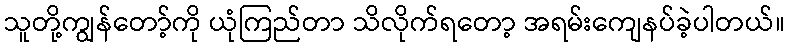
သူတို့ကျွန်တော့်ကို ယုံကြည်တာ သိလိုက်ရတော့ အရမ်းကျေနပ်ခဲ့ပါတယ်။